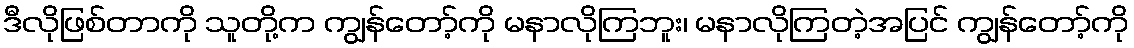
ဒီလိုဖြစ်တာကို သူတို့က ကျွန်တော့်ကို မနာလိုကြဘူး၊ မနာလိုကြတဲ့အပြင် ကျွန်တော့်ကို